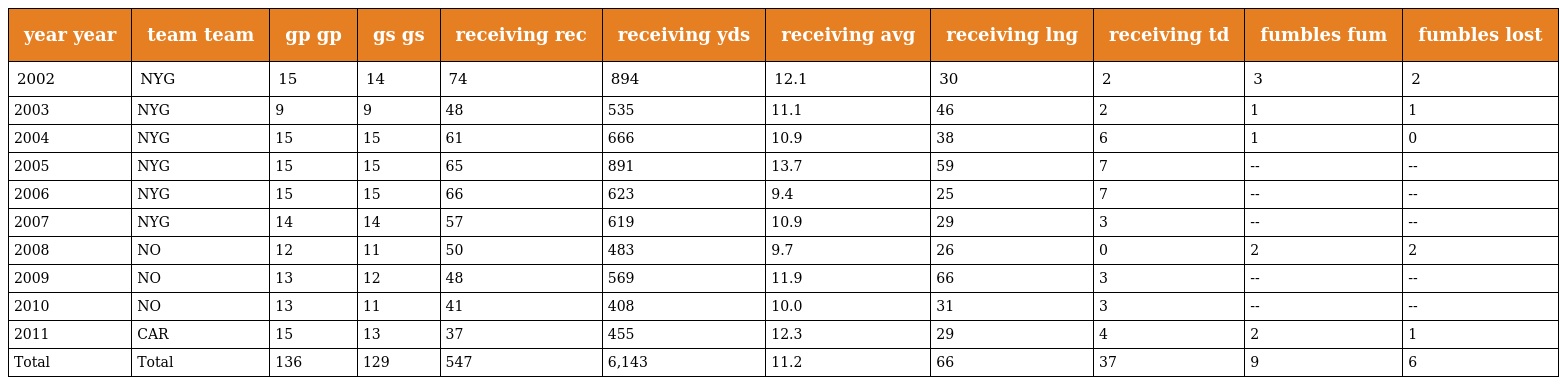
| year year | team team | gp gp | gs gs | receiving rec | receiving yds | receiving avg | receiving lng | receiving td | fumbles fum | fumbles lost |
 | --- | --- | --- | --- | --- | --- | --- | --- | --- | --- | --- |
 | 2002 | NYG | 15 | 14 | 74 | 894 | 12.1 | 30 | 2 | 3 | 2 |
 | 2003 | NYG | 9 | 9 | 48 | 535 | 11.1 | 46 | 2 | 1 | 1 |
 | 2004 | NYG | 15 | 15 | 61 | 666 | 10.9 | 38 | 6 | 1 | 0 |
 | 2005 | NYG | 15 | 15 | 65 | 891 | 13.7 | 59 | 7 | -- | -- |
 | 2006 | NYG | 15 | 15 | 66 | 623 | 9.4 | 25 | 7 | -- | -- |
 | 2007 | NYG | 14 | 14 | 57 | 619 | 10.9 | 29 | 3 | -- | -- |
 | 2008 | NO | 12 | 11 | 50 | 483 | 9.7 | 26 | 0 | 2 | 2 |
 | 2009 | NO | 13 | 12 | 48 | 569 | 11.9 | 66 | 3 | -- | -- |
 | 2010 | NO | 13 | 11 | 41 | 408 | 10.0 | 31 | 3 | -- | -- |
 | 2011 | CAR | 15 | 13 | 37 | 455 | 12.3 | 29 | 4 | 2 | 1 |
 | Total | Total | 136 | 129 | 547 | 6,143 | 11.2 | 66 | 37 | 9 | 6 |